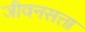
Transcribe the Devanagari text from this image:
जीवनसत्ता